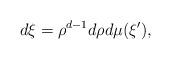
LaTeX: \begin{align*} d\xi = \rho^{d-1}d\rho d\mu(\xi'),\end{align*}